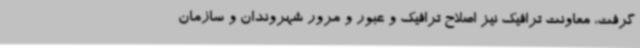
گرفت، معاونت ترافیک نیز اصلاح ترافیک و عبور و مرور شهروندان و سازمان